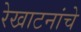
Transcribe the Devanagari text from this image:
रेखाटनांचे